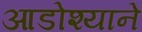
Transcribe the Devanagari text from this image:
आडोश्याने